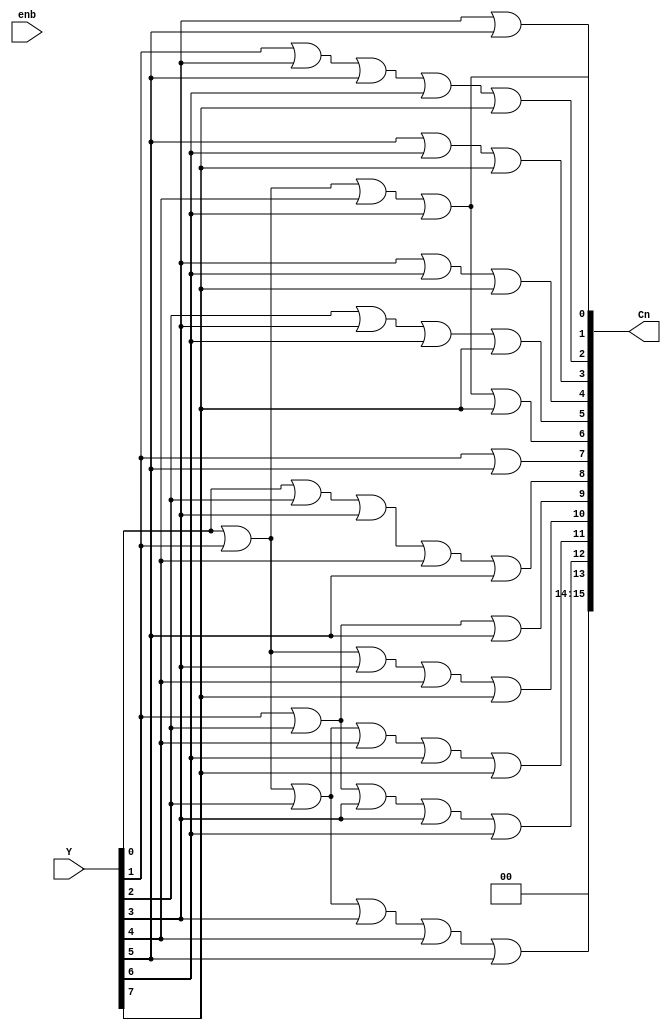
`timescale 1ns / 1ps
//////////////////////////////////////////////////////////////////////////////////
// Company: 
// Engineer: 
// 
// Design Name: 
// Module Name: ROM
// Project Name: 
// Target Devices: 
// Tool Versions: 
// Description: 
// 
// Dependencies: 
// 
// Revision:
// Revision 0.01 - File Created
// Additional Comments:
// 
//////////////////////////////////////////////////////////////////////////////////

module ROM(
     input [7:0]Y,
     input enb,
     output [15:0]Cn
     );
// Storing the values of 0.5*cos(n*pi/16) in ROM     ( 0 < n < 8 and n is an integer )
or(Cn[15],1'b0,1'b0);
or(Cn[14],1'b0,1'b0);
or(Cn[13],Y[0],Y[1],Y[2],Y[3],Y[4],Y[5]);
or(Cn[12],Y[1],Y[2],Y[3],Y[3],Y[6]);
or(Cn[11],Y[0],Y[1],Y[2],Y[4],Y[6],Y[7]);
or(Cn[10],Y[0],Y[1],Y[3],Y[4],Y[7]);
or(Cn[9], Y[1],Y[2],Y[5]);
or(Cn[8], Y[0],Y[2],Y[3],Y[4],Y[5]);
or(Cn[7], Y[1],Y[5]);
or(Cn[6], Y[0],Y[1],Y[4],Y[6],Y[7]);
or(Cn[5], Y[2],Y[3],Y[6],Y[7]);
or(Cn[4], Y[3],Y[6],Y[7]);
or(Cn[3], Y[5],Y[6],Y[7]);
or(Cn[2], Y[1],Y[3],Y[5],Y[6],Y[7]);
or(Cn[1], Y[3],Y[5]);
or(Cn[0], Y[0],Y[1],Y[4],Y[6]);
endmodule